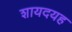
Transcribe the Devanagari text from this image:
शायदयह